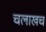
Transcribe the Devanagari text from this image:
चलाखच